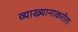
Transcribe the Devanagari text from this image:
व्याख्यानाकरीता